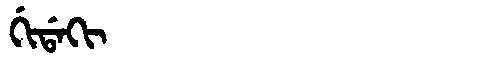
Manchu: ᡤᡳᡩᠠᡴᡳ
Romanization: GIDAKI